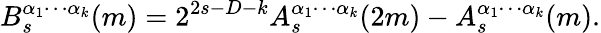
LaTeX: B_{s}^{\alpha_{1}\cdots\alpha_{k}}(m)=2^{2s-D-k}A_{s}^{\alpha_{1}\cdots\alpha_{k}}(2m)-A_{s}^{\alpha_{1}\cdots\alpha_{k}}(m).